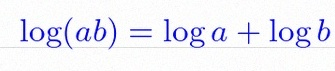
\log(ab)=\log a+\log b